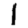
Digit: 1